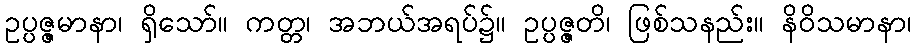
ဥပ္ပဇ္ဇမာနာ၊ ရှိသော်။ ကတ္တ၊ အဘယ်အရပ်၌။ ဥပ္ပဇ္ဇတိ၊ ဖြစ်သနည်း။ နိဝိသမာနာ၊